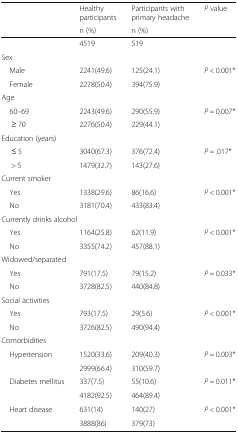
<table><thead><tr><td rowspan="2"></td><td><b>Healthy participants</b></td><td><b>Participants with primary headache</b></td><td rowspan="2"><b><i>P</i> value</b></td></tr><tr><td><b>n (%)</b></td><td><b>n (%)</b></td></tr></thead><tbody><tr><td></td><td>4519</td><td>519</td><td></td></tr><tr><td colspan="4">Sex</td></tr><tr><td> Male</td><td>2241(49.6)</td><td>125(24.1)</td><td rowspan="2"><i>P</i> &lt; 0.001*</td></tr><tr><td> Female</td><td>2278(50.4)</td><td>394(75.9)</td></tr><tr><td colspan="4">Age</td></tr><tr><td> 60–69</td><td>2243(49.6)</td><td>290(55.9)</td><td rowspan="2"><i>P</i> = 0.007*</td></tr><tr><td>≥ 70</td><td>2276(50.4)</td><td>229(44.1)</td></tr><tr><td colspan="4">Education (years)</td></tr><tr><td>≤ 5</td><td>3040(67.3)</td><td>376(72.4)</td><td rowspan="2"><i>P</i> = .017*</td></tr><tr><td>&gt; 5</td><td>1479(32.7)</td><td>143(27.6)</td></tr><tr><td colspan="4">Current smoker</td></tr><tr><td> Yes</td><td>1338(29.6)</td><td>86(16.6)</td><td rowspan="2"><i>P</i> &lt; 0.001*</td></tr><tr><td> No</td><td>3181(70.4)</td><td>433(83.4)</td></tr><tr><td colspan="4">Currently drinks alcohol</td></tr><tr><td> Yes</td><td>1164(25.8)</td><td>62(11.9)</td><td rowspan="2"><i>P</i> &lt; 0.001*</td></tr><tr><td> No</td><td>3355(74.2)</td><td>457(88.1)</td></tr><tr><td colspan="4">Widowed/separated</td></tr><tr><td> Yes</td><td>791(17.5)</td><td>79(15.2)</td><td rowspan="2"><i>P</i> = 0.033*</td></tr><tr><td> No</td><td>3728(82.5)</td><td>440(84.8)</td></tr><tr><td colspan="4">Social activities</td></tr><tr><td> Yes</td><td>793(17.5)</td><td>29(5.6)</td><td rowspan="2"><i>P</i> &lt; 0.001*</td></tr><tr><td> No</td><td>3726(82.5)</td><td>490(94.4)</td></tr><tr><td colspan="4">Comorbidities</td></tr><tr><td rowspan="2"> Hypertension</td><td>1520(33.6)</td><td>209(40.3)</td><td rowspan="2"><i>P</i> = 0.003*</td></tr><tr><td>2999(66.4)</td><td>310(59.7)</td></tr><tr><td rowspan="2"> Diabetes mellitus</td><td>337(7.5)</td><td>55(10.6)</td><td rowspan="2"><i>P</i> = 0.011*</td></tr><tr><td>4182(92.5)</td><td>464(89.4)</td></tr><tr><td rowspan="2"> Heart disease</td><td>631(14)</td><td>140(27)</td><td rowspan="2"><i>P</i> &lt; 0.001*</td></tr><tr><td>3888(86)</td><td>379(73)</td></tr></tbody></table>